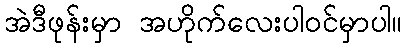
အဲဒီဖုန်းမှာ အဟိုက်လေးပါဝင်မှာပါ။